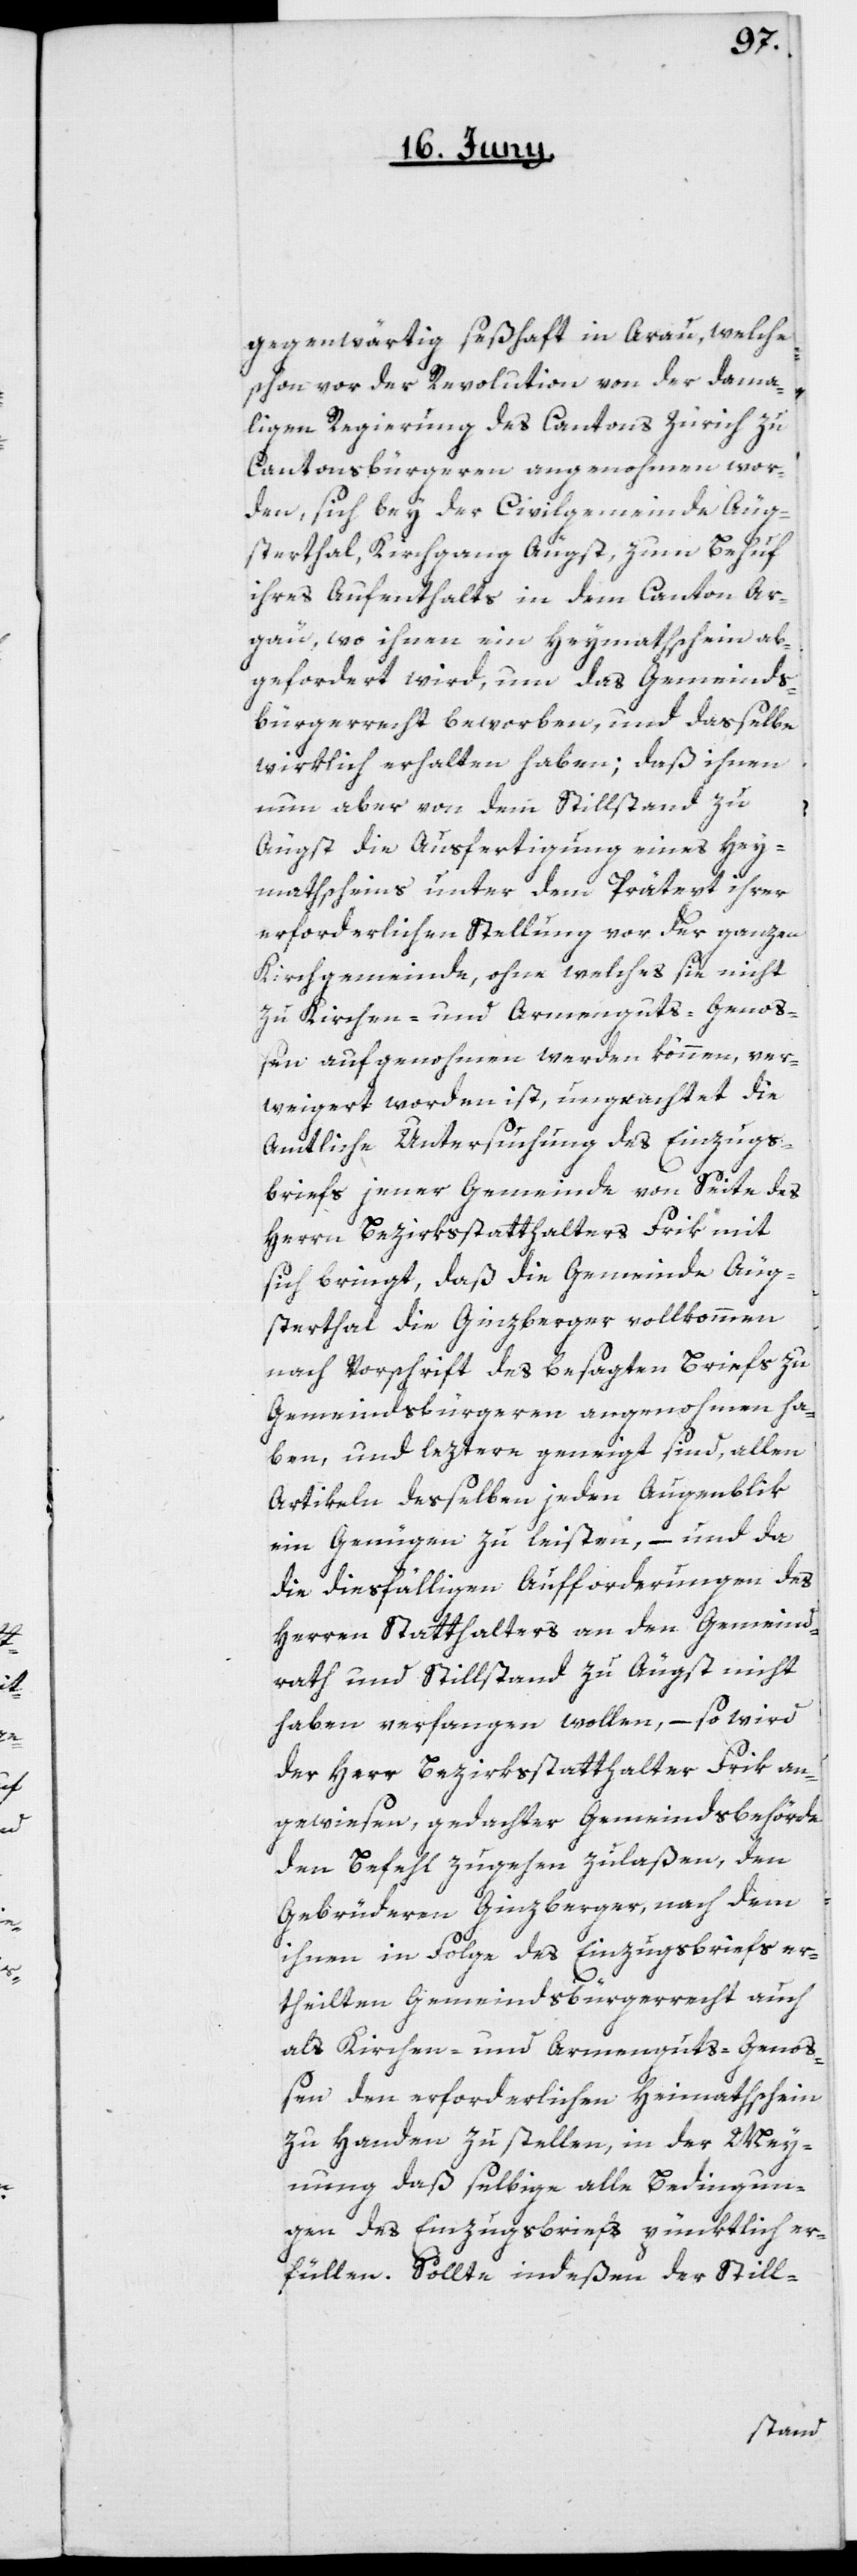
gegenwärtig seßhaft in Arau, welche
schon vor der Revolution von der dama¬
ligen Regierung des Cantons Zürich zu
Cantonsbürgeren angenohmen wor¬
den, sich bey der Civilgemeinde Äug¬
sterthal, Kirchgang Äugst, zum Behuf
ihres Aufenthalts in dem Canton Ar¬
gau, wo ihnen ein Heymathschein ab¬
gefordert wird, um das Gemeinds¬
bürgerrecht beworben, und dasselbe
wirklich erhalten haben; daß ihnen
nun aber von dem Stillstand zu
Äugst die Ausfertigung eines Hey¬
mathscheins unter dem Prätext ihrer
erforderlichen Stellung vor der ganzen
Kirchgemeinde, ohne welches sie nicht
zu Kirchen- und Armenguts-Genoß¬
en aufgenohmen werden können, ver¬
weigert worden ist, ungeachtet die
Amtliche Untersuchung des Einzugs¬
briefs jener Gemeinde von Seite des
Herrn Bezirksstatthalter Frik mit
sich bringt, daß die Gemeinde Äug¬
sterthal die Ginzberger vollkommen
nach Vorschrift des besagten Briefs zu
Gemeindsbürgeren angenohmen ha¬
ben, und leztere geneigt sind, allen
Artikeln derselben jeden Augenblik
ein Genügen zu leisten, – und da
die diesfälligen Aufforderungen des
Herren Statthalters an den Gemeind¬
rath und Stillstand zu Äugst nicht
haben verfangen wollen, – so wird
der Herr Bezirksstatthalter Frik an¬
gewiesen, gedachter Gemeindsbehörde
den Befehl zugehen zulaßen, den
Gebrüderen Ginzberger, nach dem
ihnen in Folge des Einzugsbriefs er¬
theilten Gemeindsbürgerrecht auch
als Kirchen- und Armenguts-Geno¬
ßen den erforderlichen Heimathschein
zu Handen zu stellen, in der Mey¬
nung, daß selbige alle Bedingun¬
gen des Einzugsbriefs pünktlich er¬
füllen. Sollte indeßen der Still-